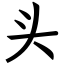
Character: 头